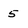
Character: 5